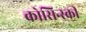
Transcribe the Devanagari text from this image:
कोसिन्स्की